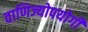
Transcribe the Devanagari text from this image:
वाणिज्योपयोगी